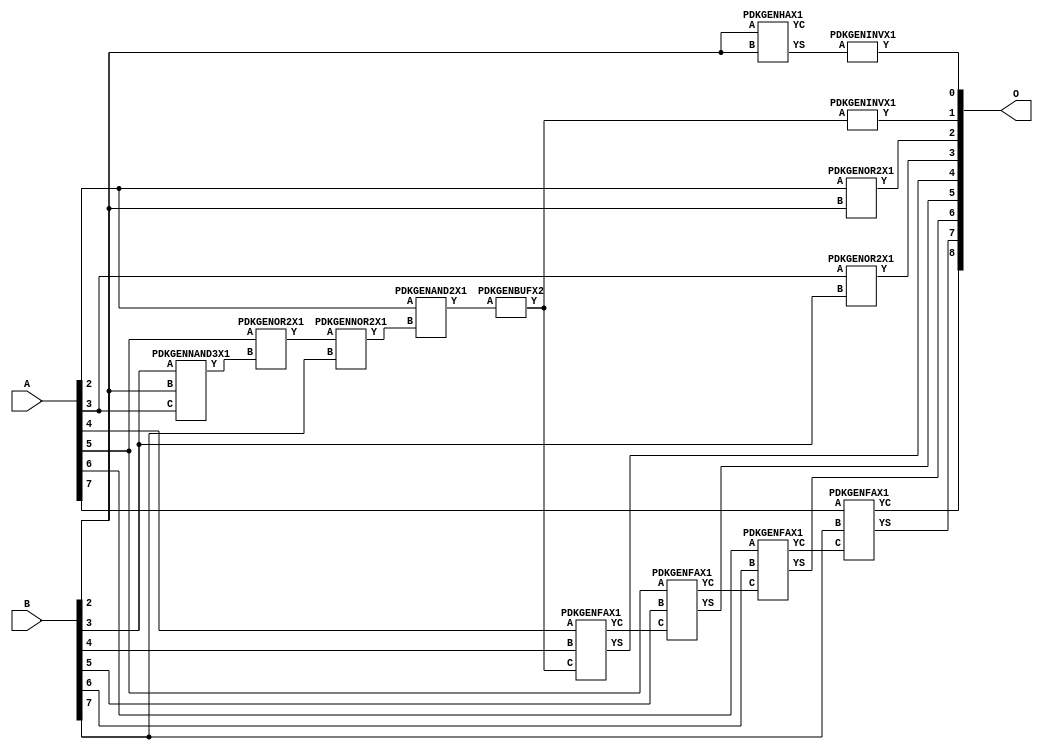
/***
* This code is a part of EvoApproxLib library (ehw.fit.vutbr.cz/approxlib) distributed under The MIT License.
* When used, please cite the following article(s): V. Mrazek, R. Hrbacek, Z. Vasicek and L. Sekanina, "EvoApprox8b: Library of approximate adders and multipliers for circuit design and benchmarking of approximation methods". Design, Automation & Test in Europe Conference & Exhibition (DATE), 2017, Lausanne, 2017, pp. 258-261. doi: 10.23919/DATE.2017.7926993 
* This file contains a circuit from a sub-set of pareto optimal circuits with respect to the pwr and mae parameters
***/
// MAE% = 0.68 %
// MAE = 3.5 
// WCE% = 2.93 %
// WCE = 15 
// WCRE% = 200.00 %
// EP% = 85.74 %
// MRE% = 1.80 %
// MSE = 24 
// PDK45_PWR = 0.017 mW
// PDK45_AREA = 53.0 um2
// PDK45_DELAY = 0.50 ns


module add8u_5HQ(A, B, O);
  input [7:0] A;
  input [7:0] B;
  output [8:0] O;
  wire [2031:0] N;
  assign N[0] = A[0];
  assign N[1] = A[0];
  assign N[2] = A[1];
  assign N[3] = A[1];
  assign N[4] = A[2];
  assign N[5] = A[2];
  assign N[6] = A[3];
  assign N[7] = A[3];
  assign N[8] = A[4];
  assign N[9] = A[4];
  assign N[10] = A[5];
  assign N[11] = A[5];
  assign N[12] = A[6];
  assign N[13] = A[6];
  assign N[14] = A[7];
  assign N[15] = A[7];
  assign N[16] = B[0];
  assign N[17] = B[0];
  assign N[18] = B[1];
  assign N[19] = B[1];
  assign N[20] = B[2];
  assign N[21] = B[2];
  assign N[22] = B[3];
  assign N[23] = B[3];
  assign N[24] = B[4];
  assign N[25] = B[4];
  assign N[26] = B[5];
  assign N[27] = B[5];
  assign N[28] = B[6];
  assign N[29] = B[6];
  assign N[30] = B[7];
  assign N[31] = B[7];
  PDKGENNAND3X1 n32(.A(N[22]), .B(N[20]), .C(N[6]), .Y(N[32]));
  assign N[33] = N[32];
  PDKGENHAX1 n40(.A(N[20]), .B(N[20]), .YS(N[40]), .YC(N[41]));
  PDKGENOR2X1 n42(.A(N[10]), .B(N[33]), .Y(N[42]));
  assign N[43] = N[42];
  PDKGENNOR2X1 n48(.A(N[43]), .B(N[30]), .Y(N[48]));
  assign N[49] = N[48];
  PDKGENAND2X1 n52(.A(N[4]), .B(N[49]), .Y(N[52]));
  PDKGENBUFX2 n78(.A(N[52]), .Y(N[78]));
  PDKGENINVX1 n126(.A(N[40]), .Y(N[126]));
  assign N[127] = N[126];
  PDKGENOR2X1 n132(.A(N[4]), .B(N[20]), .Y(N[132]));
  PDKGENINVX1 n144(.A(N[78]), .Y(N[144]));
  PDKGENOR2X1 n182(.A(N[6]), .B(N[22]), .Y(N[182]));
  PDKGENFAX1 n232(.A(N[8]), .B(N[24]), .C(N[78]), .YS(N[232]), .YC(N[233]));
  PDKGENFAX1 n282(.A(N[10]), .B(N[26]), .C(N[233]), .YS(N[282]), .YC(N[283]));
  PDKGENFAX1 n332(.A(N[12]), .B(N[28]), .C(N[283]), .YS(N[332]), .YC(N[333]));
  PDKGENFAX1 n382(.A(N[14]), .B(N[30]), .C(N[333]), .YS(N[382]), .YC(N[383]));
  assign O[0] = N[127];
  assign O[1] = N[144];
  assign O[2] = N[132];
  assign O[3] = N[182];
  assign O[4] = N[232];
  assign O[5] = N[282];
  assign O[6] = N[332];
  assign O[7] = N[382];
  assign O[8] = N[383];
endmodule


/* mod */
module PDKGENFAX1( input A, input B, input C, output YS, output YC );
    assign YS = (A ^ B) ^ C;
    assign YC = (A & B) | (B & C) | (A & C);
endmodule
/* mod */
module PDKGENAND2X1(input A, input B, output Y );
     assign Y = A & B;
endmodule
/* mod */
module PDKGENOR2X1(input A, input B, output Y );
     assign Y = A | B;
endmodule
/* mod */
module PDKGENHAX1( input A, input B, output YS, output YC );
    assign YS = A ^ B;
    assign YC = A & B;
endmodule
/* mod */
module PDKGENINVX1(input A, output Y );
     assign Y = ~A;
endmodule
/* mod */
module PDKGENNOR2X1(input A, input B, output Y );
     assign Y = ~(A | B);
endmodule
/* mod */
module PDKGENNAND3X1(input A, input B, input C, output Y );
     assign Y = ~((A & B) & C);
endmodule
/* mod */
module PDKGENBUFX2(input A, output Y );
     assign Y = A;
endmodule